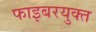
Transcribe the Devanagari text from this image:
फाइबरयुक्त